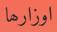
اوزارھا